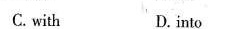
C. with D. into